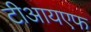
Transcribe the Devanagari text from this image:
टीआयएफ